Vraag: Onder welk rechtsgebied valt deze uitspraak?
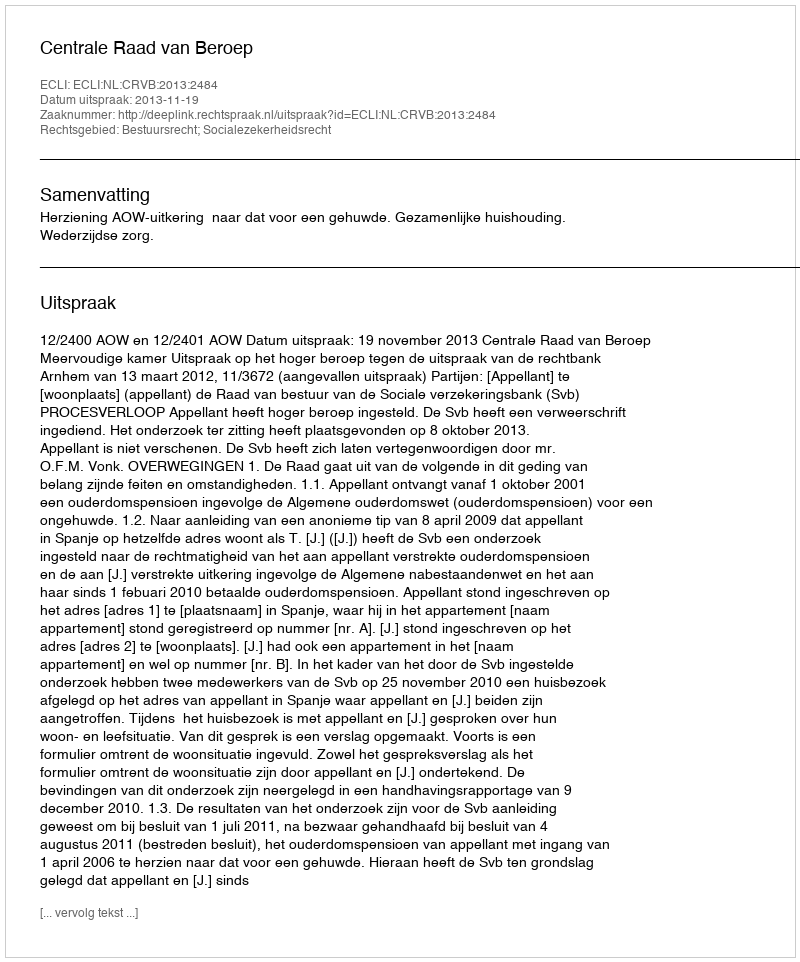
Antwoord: Bestuursrecht; Socialezekerheidsrecht